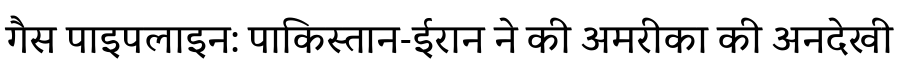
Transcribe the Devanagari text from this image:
गैस पाइपलाइन: पाकिस्तान-ईरान ने की अमरीका की अनदेखी